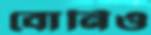
বোর্নিও